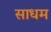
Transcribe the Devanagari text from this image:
साधम